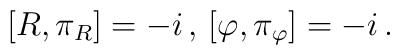
\left[R,\pi_R\right] =-i \, , \,\left [\varphi , \pi_\varphi \right] =-i\, .